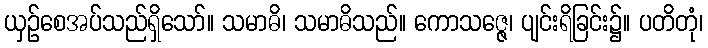
ယှဉ်စေအပ်သည်ရှိသော်။ သမာဓိ၊ သမာဓိသည်။ ကောသဇ္ဇေ၊ ပျင်းရိခြင်း၌။ ပတိတုံ၊